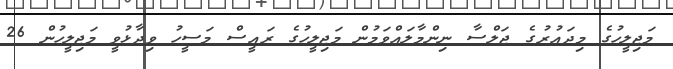
މަޖިލީހުގެ މިދައުރުގެ ޖަލްސާ ނިންމާލައްވަމުން މަޖިލީހުގެ ރައީސް މަސީހު ވިދާޅުވީ މަޖިލީހުން 26